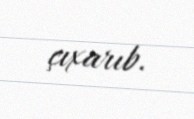
çıxarıb.